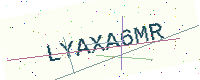
Text: LYAXA6MR